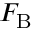
F _ { \mathrm { B } }